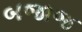
બજાજ